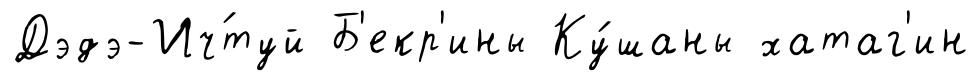
Дэдэ-Ич́туй Б'екр'ины Ку́шаны хатаг'ин